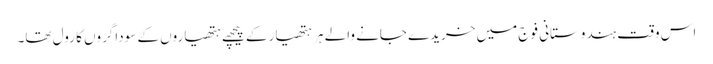
اس وقت ہندوستانی فوج میں خریدے جانے والے ہر ہتھیار کے پیچھے ہتھیاروں کے سوداگروں کا رول تھا۔